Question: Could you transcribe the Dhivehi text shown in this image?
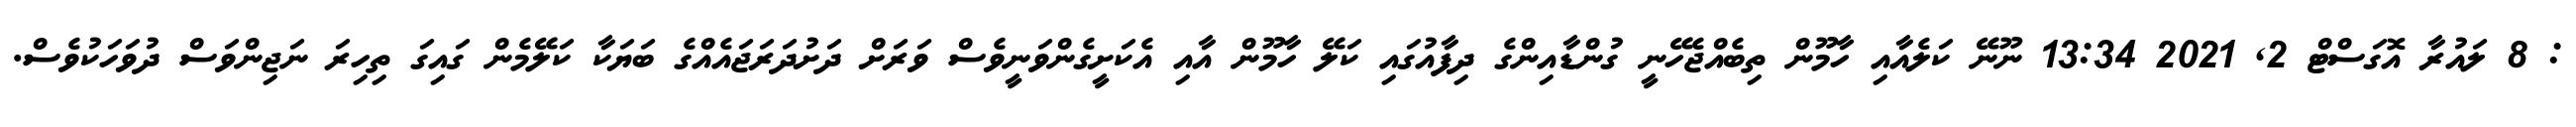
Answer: : 8 ލައުރާ އޮގަސްޓް 2, 2021 13:34 ނޫނޭ ކަލެއާއި ހާމޫން ތިބެއްޖެހޭނީ ގުންޑާއިންގެ ދިފާއުގައި ކަލޭ ހާމޫން އާއި އެކަށީގެންވަނީވެސް ވަރަށް ދަށުދަރަޖައެއްގެ ބަޔަކާ ކަލޭމެން ގައިގަ ތިހިރަ ނަޖިންވަސް ދުވަހަކުވެސް.